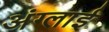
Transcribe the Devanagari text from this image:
अंग्लाई